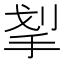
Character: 𰓛